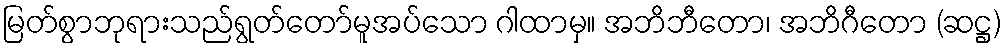
မြတ်စွာဘုရားသည်ရွတ်တော်မူအပ်သော ဂါထာမှ။ အဘိဘီတော၊ အဘိဂီတော (ဆဋ္ဌ)